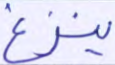
ينزغ